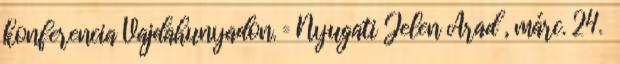
konferencia Vajdahunyadon. = Nyugati Jelen Arad , márc. 24.